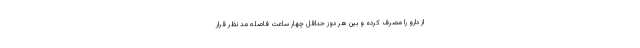
از دارو را مصرف کرده و بین هر دوز حداقل چهار ساعت فاصله مد نظر قرار